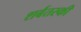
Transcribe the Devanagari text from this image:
शर्बतस्की